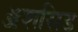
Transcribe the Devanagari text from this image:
ॲशसिड